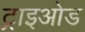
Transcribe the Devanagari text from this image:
ट्राइओड